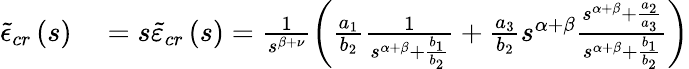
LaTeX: \begin{array}{rl}{\tilde{\epsilon}_{cr}\left(s\right)}&{{}=s\tilde{\varepsilon}_{cr}\left(s\right)=\frac{1}{s^{\beta+\nu}}\left(\frac{a_{1}}{b_{2}}\frac{1}{s^{\alpha+\beta}+\frac{b_{1}}{b_{2}}}+\frac{a_{3}}{b_{2}}s^{\alpha+\beta}\frac{s^{\alpha+\beta}+\frac{a_{2}}{a_{3}}}{s^{\alpha+\beta}+\frac{b_{1}}{b_{2}}}\right)}\end{array}